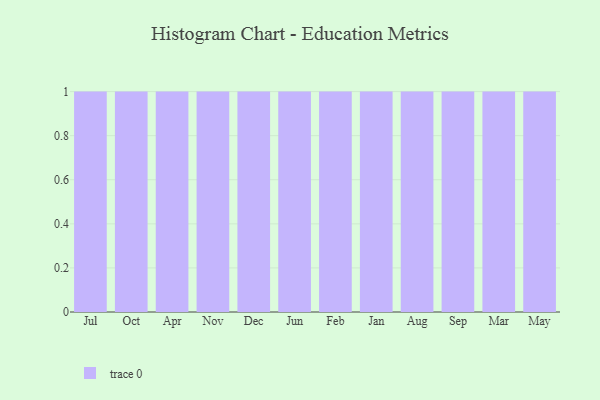
{"axis": {"x": "Month", "y": "Shipments"}, "legend": [""], "data": [{"x": "Jul", "y": 35, "type": ""}, {"x": "Oct", "y": 9, "type": ""}, {"x": "Apr", "y": 18, "type": ""}, {"x": "Nov", "y": 72, "type": ""}, {"x": "Dec", "y": 68, "type": ""}, {"x": "Jun", "y": 5, "type": ""}, {"x": "Feb", "y": 39, "type": ""}, {"x": "Jan", "y": 96, "type": ""}, {"x": "Aug", "y": 46, "type": ""}, {"x": "Sep", "y": 1, "type": ""}, {"x": "Mar", "y": 57, "type": ""}, {"x": "May", "y": 82, "type": ""}]}